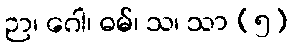
ဉာ၊ ဂေါ၊ ဓမ်၊ သ၊ သာ (၅)